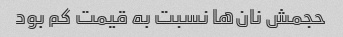
حجمش نان‌ها نسبت به قیمت کم بود